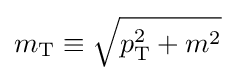
m_{\text{T}}\equiv {\sqrt {p_{\text{T}}^{2}+m^{2}}}